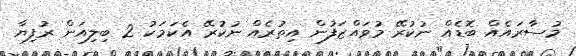
މުސާރައެއް ބޮޑެއް ނުކުރޭ މުވައްޒަފުން އިތުރެއް ނުކުރޭ އެކަމަކު 2 ބިލިއަން ރުފިޔާ